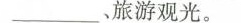
___、旅游观光。